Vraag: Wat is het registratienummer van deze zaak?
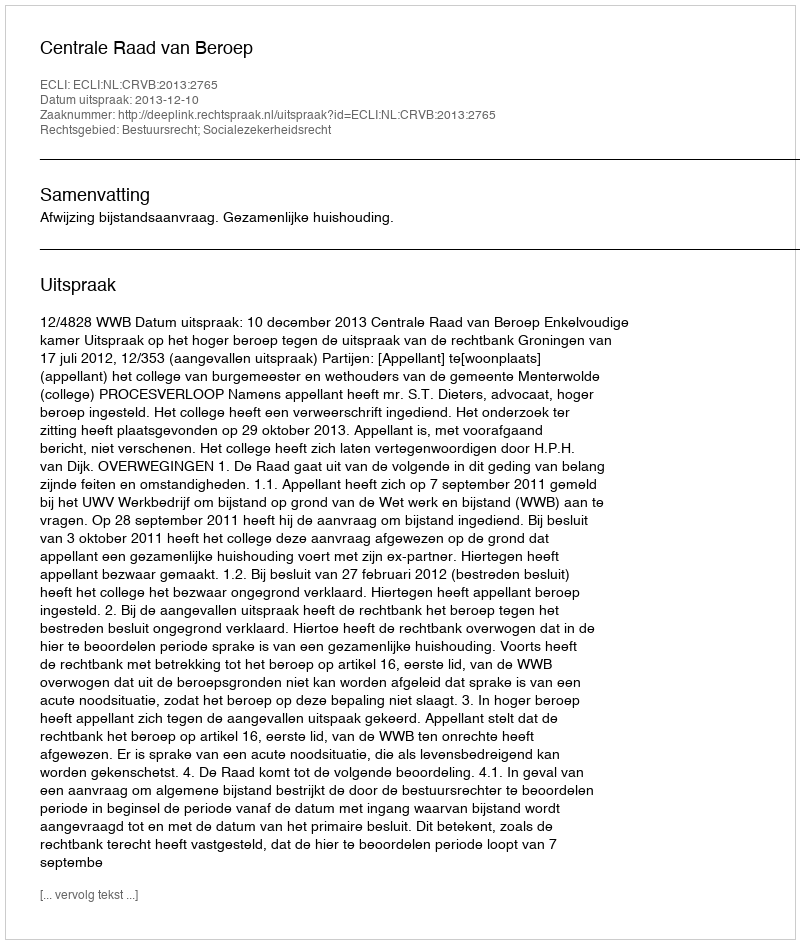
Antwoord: http://deeplink.rechtspraak.nl/uitspraak?id=ECLI:NL:CRVB:2013:2765